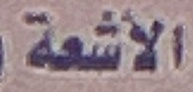
الأشعة